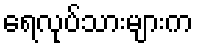
ရေလုပ်သားများက